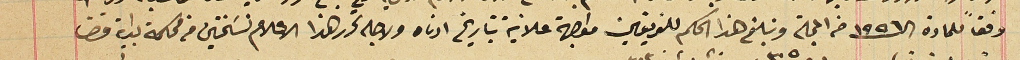
وفقاً للمادة الـ١٥٥٦ من المجلة وتبلغ هذا الحكم للفريقين مواجهة علانية بتاريخ ادناه ولاجله تحرر هذا الاعلام نسَختين من محكمة بداية قضا